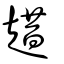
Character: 趞